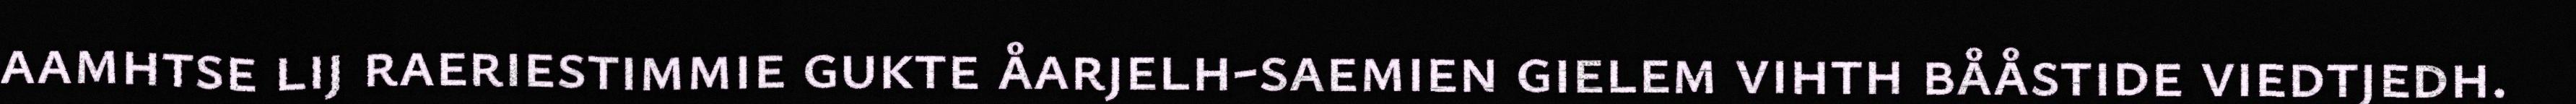
aamhtse lij raeriestimmie gukte åarjelh-saemien gielem vihth bååstide viedtjedh.